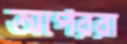
অপেররা